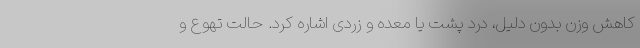
کاهش وزن بدون دلیل، درد پشت یا معده و زردی اشاره کرد. حالت تهوع و